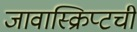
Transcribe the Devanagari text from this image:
जावास्क्रिप्टची